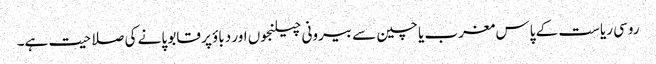
روسی ریاست کے پاس مغرب یا چین سے بیرونی چیلنجوں اور دباؤ پر قابو پانے کی صلاحیت ہے۔